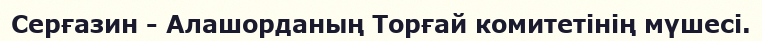
Серғазин - Алашорданың Торғай комитетінің мүшесі.